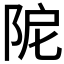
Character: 𨹖